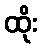
ထိုး